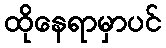
ထိုနေရာမှာပင်